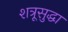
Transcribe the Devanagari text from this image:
शत्रूसुद्धा